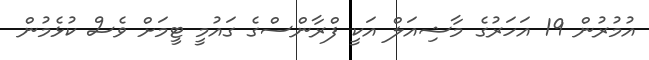
އުމުުރުން 19 އަަހަރުގެ މާޝިއަލް އަކީ ފްރާންސްގެ ގައުމީ ޓީމަށް ވެސް ކުޅެމުން